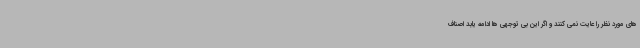
های مورد نظر را عایت نمی کنند و اگر این بی توجهی ها ادامه یابد اصناف